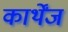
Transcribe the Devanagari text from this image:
कार्थेंज